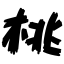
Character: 桃